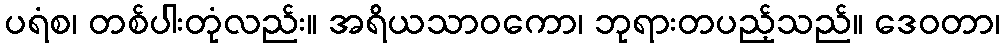
ပရံစ၊ တစ်ပါးတုံလည်း။ အရိယသာဝကော၊ ဘုရားတပည့်သည်။ ဒေဝတာ၊